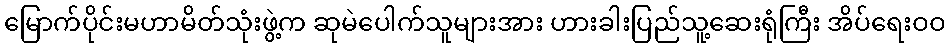
မြောက်ပိုင်းမဟာမိတ်သုံးဖွဲ့က ဆုမဲပေါက်သူများအား ဟားခါးပြည်သူ့ဆေးရုံကြီး အိပ်ရေးဝဝ